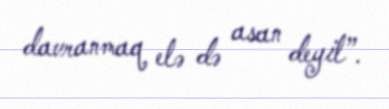
davranmaq elə də asan deyil”.